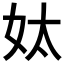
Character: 𡛕